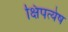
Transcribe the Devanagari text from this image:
क्षिपत्येष